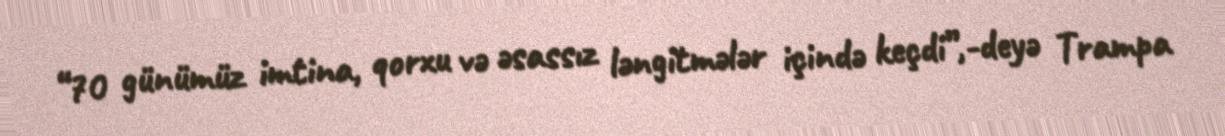
“70 günümüz imtina, qorxu və əsassız ləngitmələr içində keçdi”,-deyə Trampa